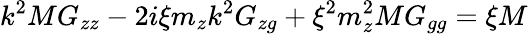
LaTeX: k^{2}MG_{zz}-2i\xi m_{z}k^{2}G_{zg}+\xi^{2}m_{z}^{2}MG_{gg}=\xi M